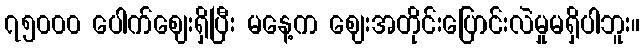
၇၅၀၀၀ ပေါက်ဈေးရှိပြီး မနေ့က ဈေးအတိုင်းပြောင်းလဲမှုမရှိပါဘူး။